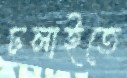
ঢলাইতে